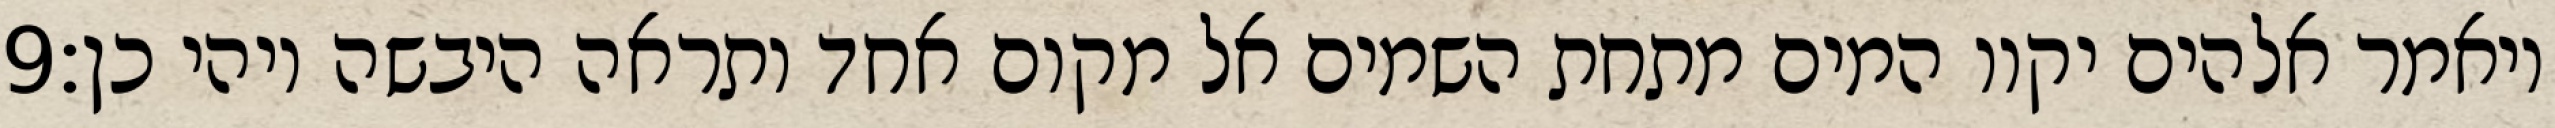
‎9‏ ויאמר אלהים יקוו המים מתחת השמים אל מקום אחד ותראה היבשה ויהי כן׃